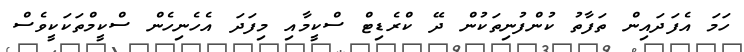
ހަމަ އެފަދައިން ތަފާތު ކުންފުނިތަކުން ދޭ ކްރެޑިޓް ސްކީމާއި މިފަދަ އެހެނިހެން ސްކީމްތަކަކީވެސް